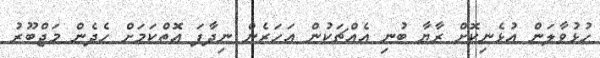
ހުޅުވާލަން އުޅެނިކޮށް ރާޔާ ބުނި އެއްޗަކުން އަހަރެން ނިދާފަ އޮތްކަމަށް ހެދެން މަޖްބޫރު